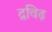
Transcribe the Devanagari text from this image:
द्रविढ़